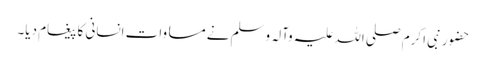
حضور نبی اکرم صلی اللہ علیہ وآلہ وسلم نے مساوات انسانی کا پیغام دیا۔